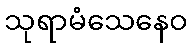
သုရာမံသေနေဝ